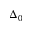
\Delta _ { 0 }